Kassari_(Keina)_vallavalitsus, lk 34
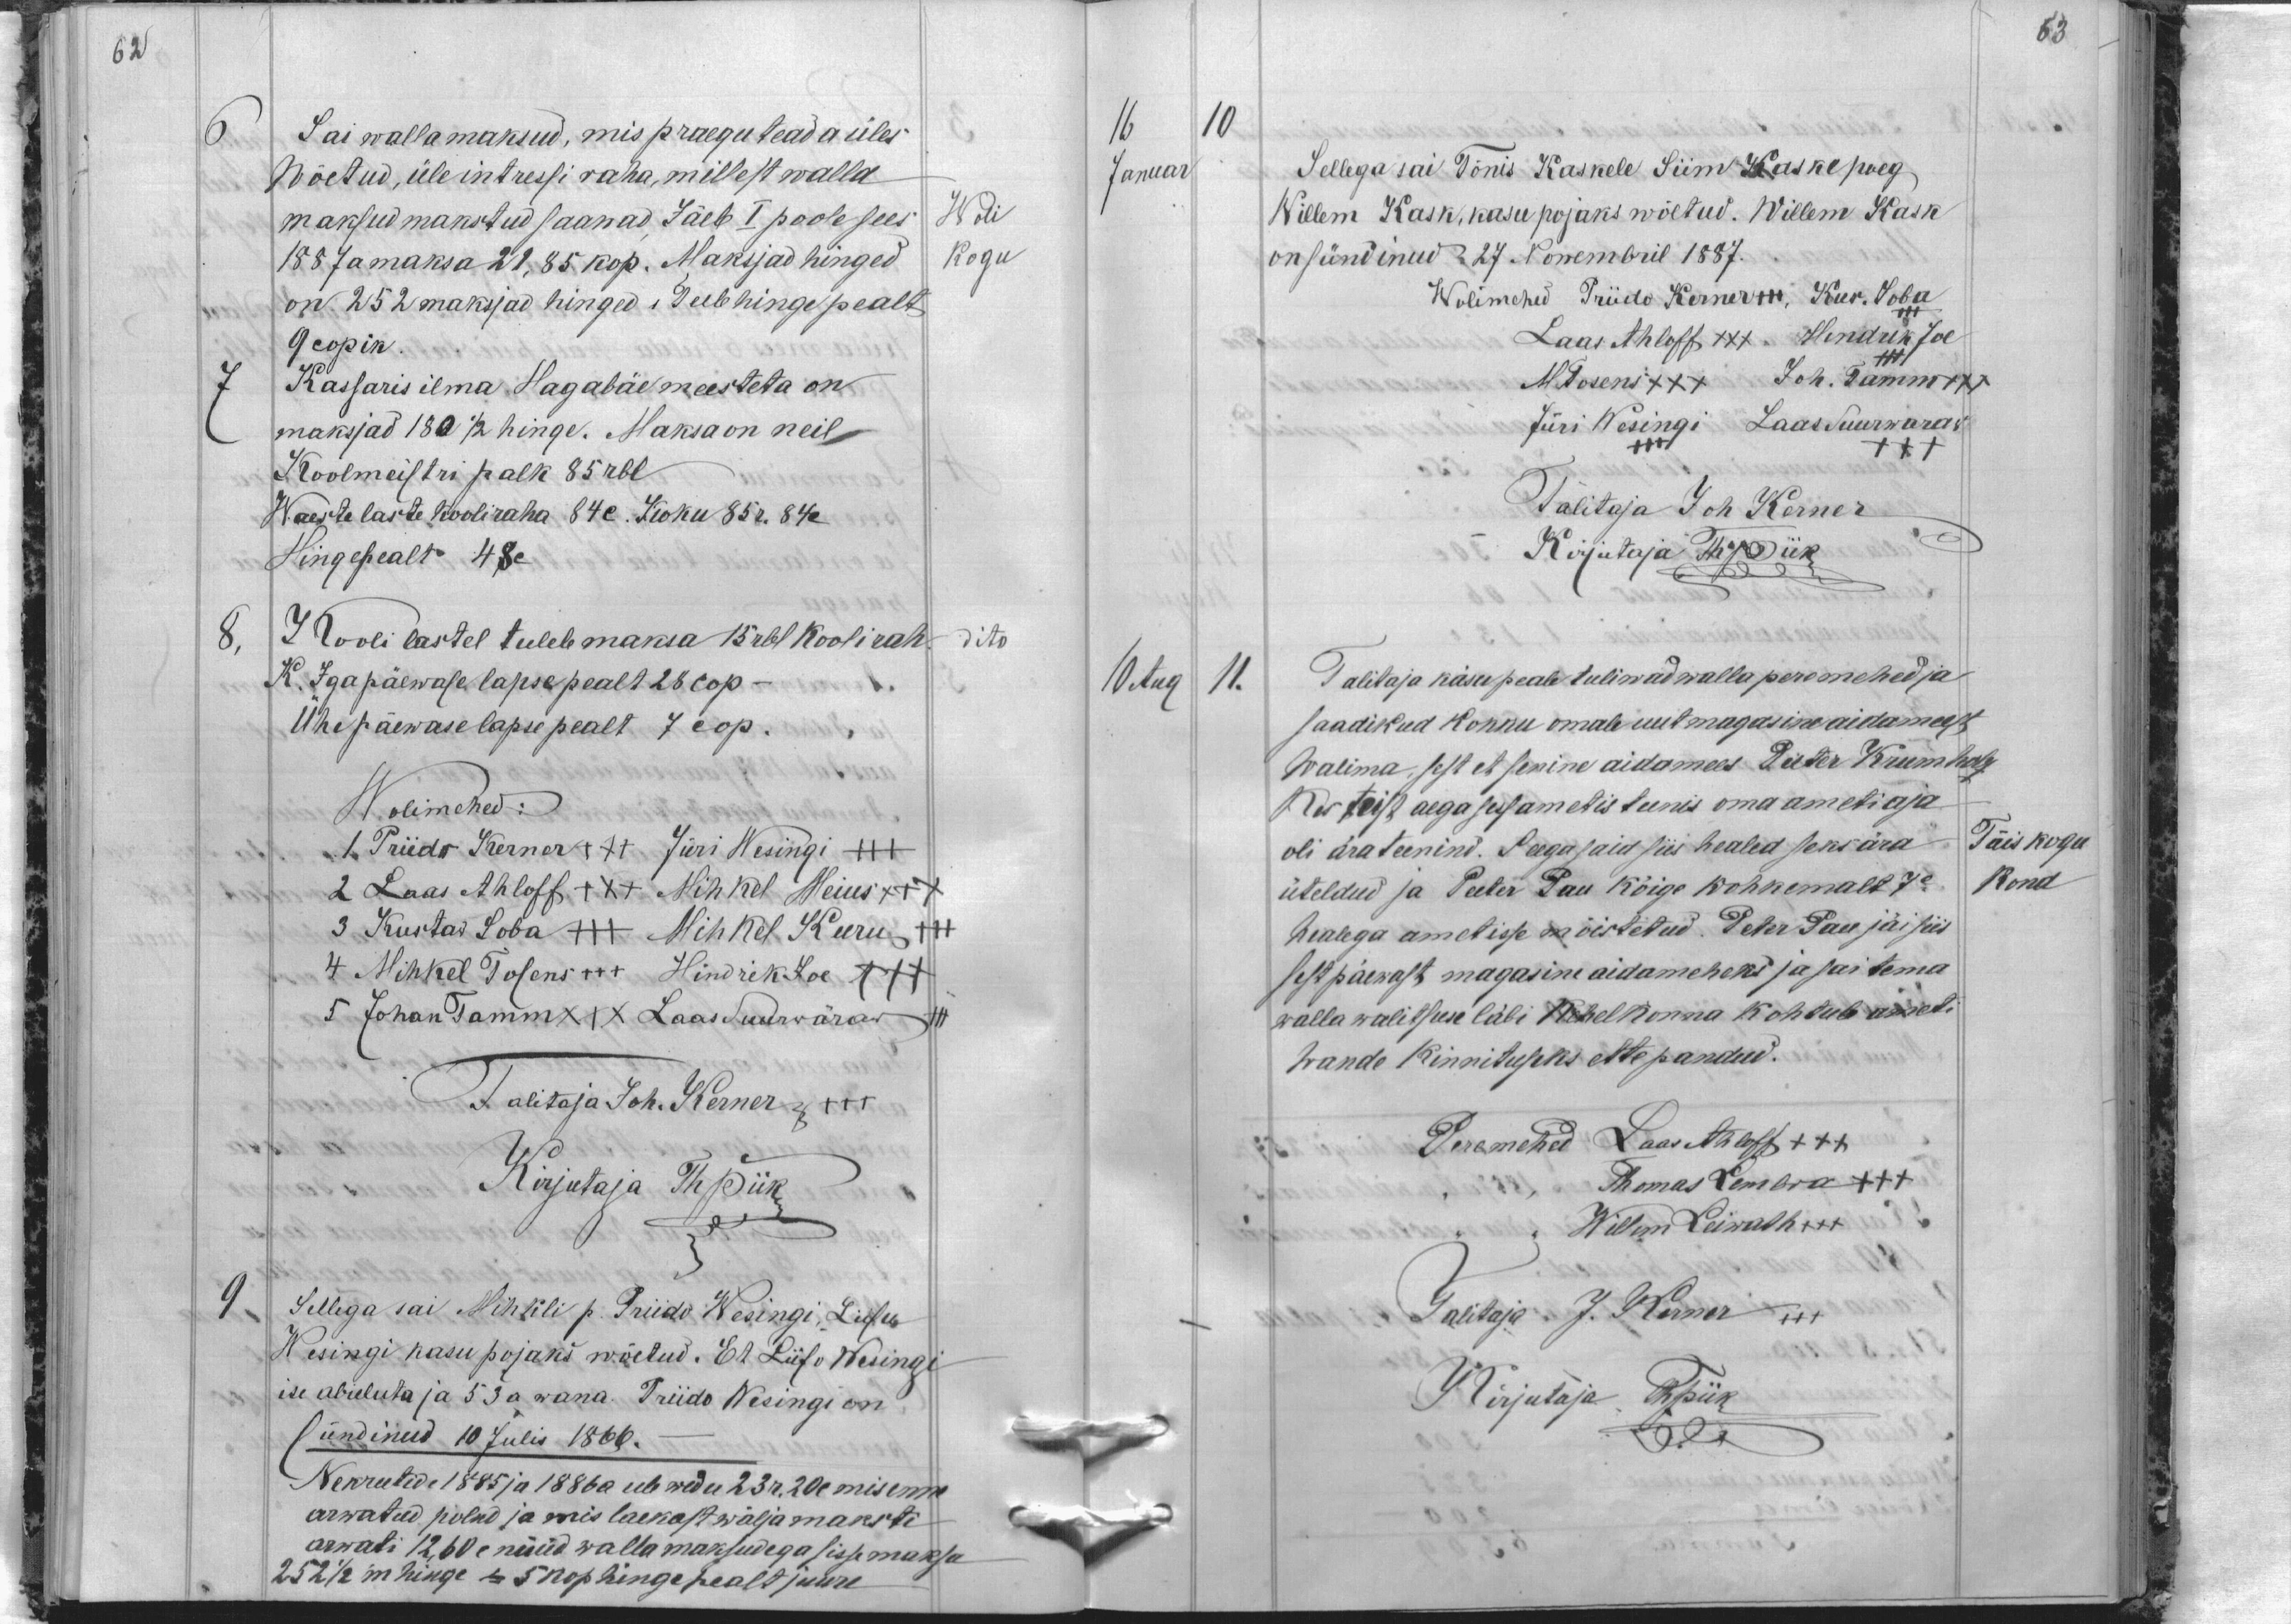
63

62
6
Sai walla maksud, mis praegu teada üles
Wõetud, üle intressi raha, millest walla
maksud makstud saanud. Jäeb I poole sees
Woli
1887 a maksa 21,85 kop. Maksjad hinged
kogu
on 252 maksjad hinged, teeb hinge pealt
9 copik.
7
Kassaris ilma Hagabäe meesteta on
maksjad 180 1/2 hinge. Maksa on neil
Koolmeistri palk 85 rbl
Waeste laste kooliraha 84 c. Koku 85 r. 84 c.
Hingepealt 48 c
8,
Kooli lastel tuleb maksa 15 rbl Kooli rah
dito
K. Iga päewase lapse pealt 28 cop.
Ühepäewase lapse pealt 7 cop.
Wolimehed:
1. Priido Kerner +++ Jüri Wesingi XXX
2 Laas Ahloff +++ Mihkel Meius +++
3 Kustas Soba XXX Mihkel Kuru +++
4 Mihkel Tosens +++ Hindrik Joe XXX
5 Johan Tamm XXX Laas Suurwäraw +++
Talitaja Joh. Kerner xxx
Kirjutaja Th Piik
9.
Sellega sai Mihkli p. Priido Wesingi, Liisu
Wesingi kasu pojaks wõetud. Et Liiso Wesingi
ise abieluta ja 53 a wana. Priido Wesingi on
sündinud 10 Julis 1866.
Nekrutide 1885 ja 1886 a ule wedu 23 r. 20 c mis enne
arwatud polnd ja mis laekast wälja maksti
arwati 12,60 c nüüd walla maksudega sisse maksa
252 1/2 m hinge = 5 kop hinge pealt juure

16 10
Januar
Sellega sai Tõnis Kaskele Siim Kaske poeg
Willem Kask, kasu pojaks wõetud. Willem Kask
on sündinud 27 Nowembril 1887.
Wolimehed Priido Kerner xxx, Kur. Soba
Laas Ahloff XXX Hendrik Jõe
M Tosens XXX Joh. Tamm +++
Jüri Wesingi Laas Suurwaraw
XXX
Talitaja Joh Kerner
Kirjutaja Th Piik
10 Aug
11.
Talitaja käsu peale tuliwad walla peremehed ja
saadikud kokku omale uut magasine aidameest
Walima, sest et senine aidamees Peter Krumholz
kes teist aega ses ametis teenis oma ameti aja
oli ära teenind. Seega said siis healed seks ära
Täiskogu
üteldud ja Peeter Pau kõige rohkemalt 7 c
kond
healega ametisse on mõistetud. Peter Pau jäi siis
sest päewast magasine aidameheks ja sai tema
walla walitsuse läbi Kehelkonna kohtule ameti
wande kinnituseks ette pandud.
Peremehed Laas Ahloff +++
Thomas Lembra XXX
Willem Leiwath +++
Talitaja J. Kerner XXX
Kirjutaja Th Piik